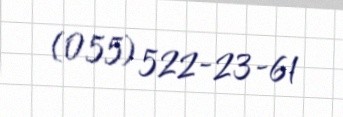
(055) 522-23-61